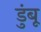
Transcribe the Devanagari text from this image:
डुंबू